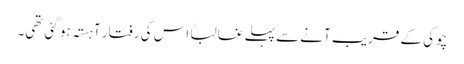
چوکی کے قریب آنے سے پہلے غالباً اس کی رفتار آہستہ ہو گئی تھی۔